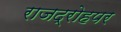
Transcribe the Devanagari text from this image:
राजद्रोहपर